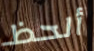
ألحظ